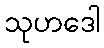
သုဟဒေါ